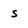
Character: s